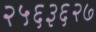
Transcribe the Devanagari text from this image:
२५६३६२७